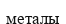
металы